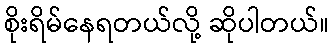
စိုးရိမ်နေရတယ်လို့ ဆိုပါတယ်။